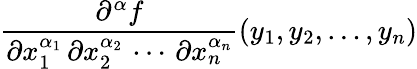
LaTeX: {\frac{\partial^{\alpha}f}{\partial x_{1}^{\alpha_{1}}\, \partial x_{2}^{\alpha_{2}}\, \cdots\, \partial x_{n}^{\alpha_{n}}}}(y_{1},y_{2},\ldots,y_{n})